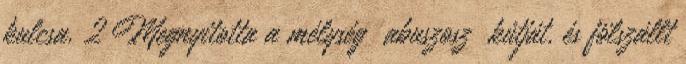
kulcsa. 2 Megnyitotta a mélység abuszosz kútját, és fölszállt